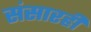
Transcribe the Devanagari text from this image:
संसारही